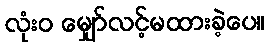
လုံးဝ မျှော်လင့်မထားခဲ့ပေ။